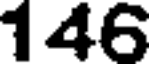
146